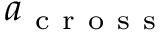
a _ { \mathrm { ~ c ~ r ~ o ~ s ~ s ~ } }